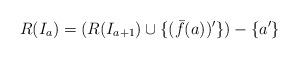
LaTeX: \begin{align*}R(I_a) = (R(I_{a+1}) \cup \{(\bar{f}(a))'\}) - \{a'\}\end{align*}